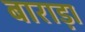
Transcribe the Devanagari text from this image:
बाराड़ा